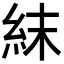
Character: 𥿉